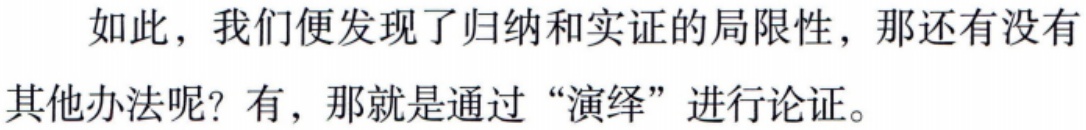
如此，我们便发现了归纳和实证的局限性，那还有没有其他办法呢？有，那就是通过 “演绎” 进行论证。